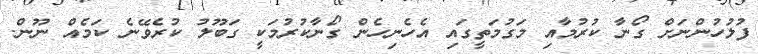
ފުލުހުންނަށް ގޯނާ ކުރުމާއި މަގުމަތީގައި އެހެނިހެން ގޯނާކުރުމަކީ ގަބޫލު ކުރެވޭނެ ކަމެއް ނޫން.